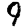
Digit: 9